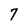
Character: 7